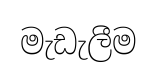
මැඩැලීම